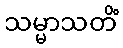
သမ္မာသတိံ